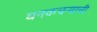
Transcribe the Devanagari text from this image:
घनकचर्‍याची